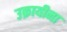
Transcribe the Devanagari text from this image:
उक्रायीना